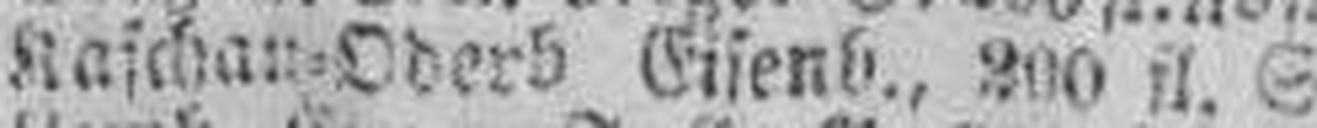
Raschau=Oderb. Eisenb., 200 fl. S.